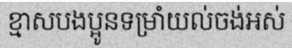
ខ្មាសបងប្អូនទម្រាំយល់ចង់អស់